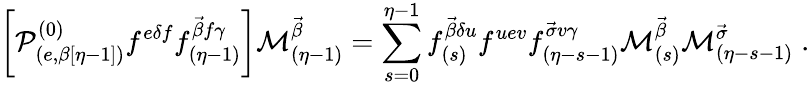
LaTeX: \left[{\cal P}_{(e,\beta[\eta-1])}^{(0)}f^{e\delta f}f_{(\eta-1)}^{\vec{\beta}f\gamma}\right]{\cal M}_{(\eta-1)}^{\vec{\beta}}=\sum_{s=0}^{\eta-1}f_{(s)}^{\vec{\beta}\delta u}f^{uev}f_{(\eta-s-1)}^{\vec{\sigma}v\gamma}{\cal M}_{(s)}^{\vec{\beta}}{\cal M}_{(\eta-s-1)}^{\vec{\sigma}}\; .